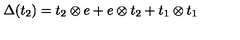
\Delta ( t _ { 2 } ) = t _ { 2 } \otimes e + e \otimes t _ { 2 } + t _ { 1 } \otimes t _ { 1 }